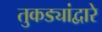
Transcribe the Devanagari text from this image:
तुकड्यांद्वारे